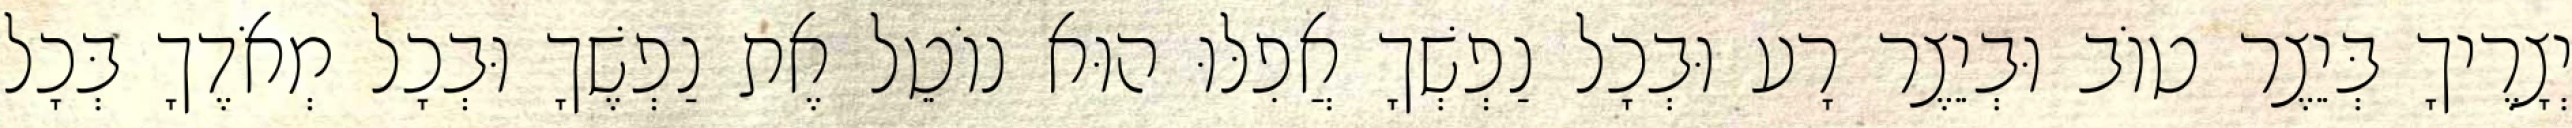
יְצָרֶיךָ בְּיֵצֶר טוֹב וּבְיֵצֶר רָע וּבְכָל נַפְשְׁךָ אֲפִלּוּ הוּא נוֹטֵל אֶת נַפְשֶׁךָ וּבְכָל מְאֹדֶךָ בְּכָל